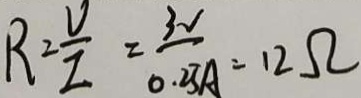
R = \frac { U } { I } = \frac { 3 V } { 0 . 2 5 A } = 1 2 \Omega